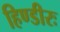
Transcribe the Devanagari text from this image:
हिण्डीरः